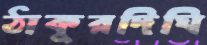
ঠাকুরদিঘি